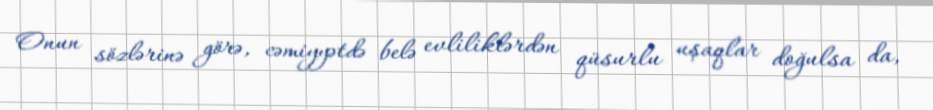
Onun sözlərinə görə, cəmiyyətdə belə evliliklərdən qüsurlu uşaqlar doğulsa da,